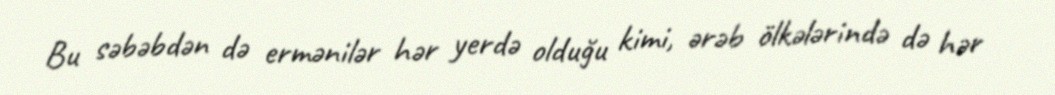
Bu səbəbdən də ermənilər hər yerdə olduğu kimi, ərəb ölkələrində də hər